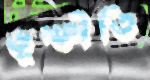
ভূস্ফীতি